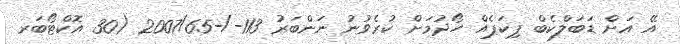
އޭ އަށް ޑަބަލްކެބް ޕިކަޕެއް ހޯދުމަށް ކުރެވުނު ނަންބަރު 113-/-2007/65 (30 އޮކްޓޯބަރ